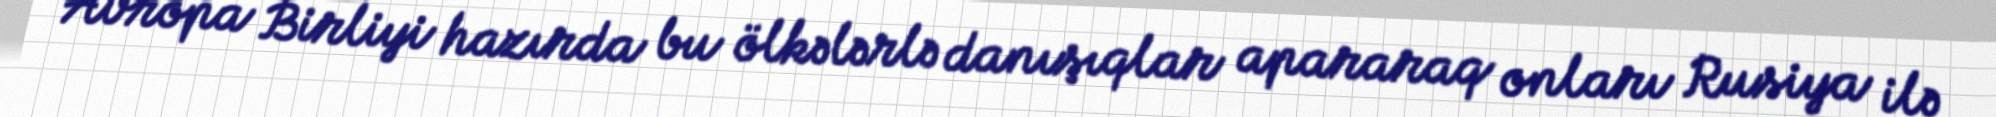
Avropa Birliyi hazırda bu ölkələrlə danışıqlar apararaq onları Rusiya ilə